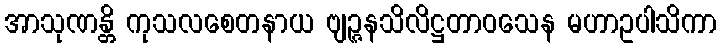
အာသုဏန္တိ ကုသလစေတနာယ ဗျဉ္ဇနသိလိဋ္ဌတာဝသေန မဟာဥပါသိကာ